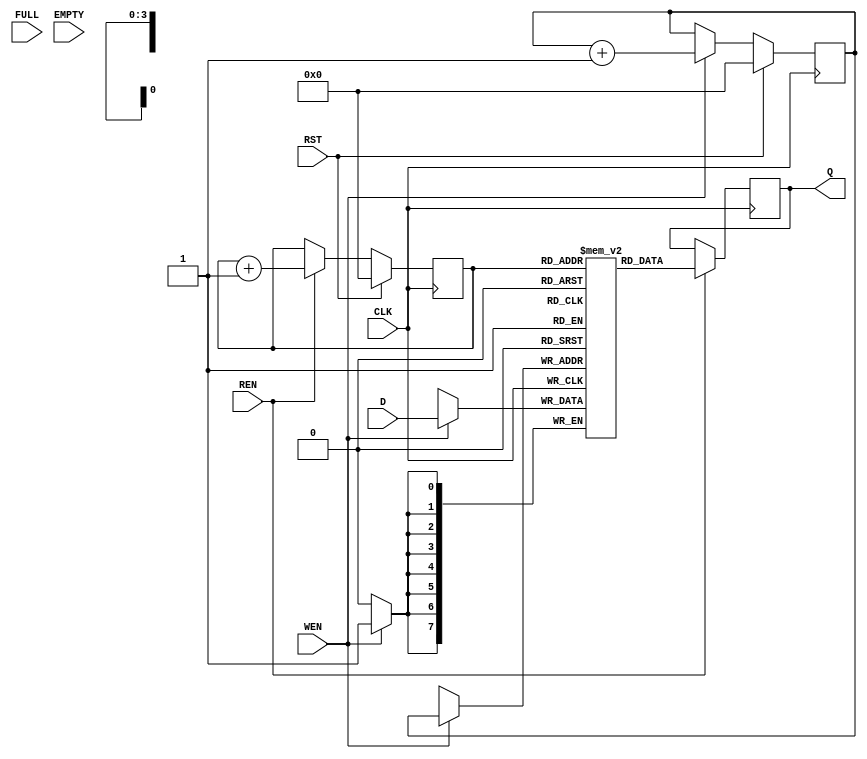
module FIFO (
  input CLK, RST, FULL, EMPTY,
  output reg [WIDTH-1:0] Q,
  input [WIDTH-1:0] D,
  input REN, WEN
);

  parameter DEPTH = 16;
  parameter WIDTH = 8;
  parameter ADDR = 4;

  reg [WIDTH-1:0] mem[DEPTH-1:0];
  reg [ADDR-1:0] wr_pointer, rd_pointer;
  reg [ADDR:0] status_cnt;

  // Write address generator in FIFO
  always @(posedge CLK) begin
    if (RST == 1)
      wr_pointer <= 4'b0000;
    else if (WEN)
      wr_pointer <= wr_pointer + 1;
  end

  // Read address generator in the FIFO
  always @(posedge CLK) begin
    if (RST == 1)
      rd_pointer <= 4'b0000;
    else if (REN)
      rd_pointer <= rd_pointer + 1;
  end

  // Write and read operation in FIFO
  always @(posedge CLK) begin
    if (WEN)
      mem[wr_pointer] <= D;
    if (REN)
      Q <= mem[rd_pointer];
  end

  // Status counter in FIFO
  always @(posedge CLK) begin
    if (RST)
      status_cnt = 0;
    else begin
      if (WEN && !REN && status_cnt != DEPTH)
        status_cnt = status_cnt + 1;
      if (REN && !WEN && status_cnt == 0)
        status_cnt = status_cnt - 1;
      if (REN && WEN)
        status_cnt = status_cnt;
    end
  end

  assign FULL = (status_cnt == DEPTH) ? 1'b1 : 1'b0;
  assign EMPTY = (status_cnt == 0) ? 1'b1 : 1'b0;

endmodule